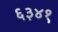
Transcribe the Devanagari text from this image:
६३४१